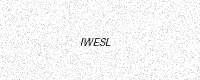
Text: IWESL